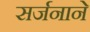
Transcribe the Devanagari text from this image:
सर्जनाने